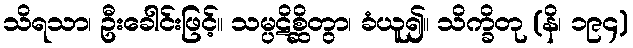
သိရသာ၊ ဦးခေါင်းဖြင့်။ သမ္ပဋိစ္ဆိတွာ၊ ခံယူ၍။ သိက္ခိတု (နိ၊ ၁၉၄)